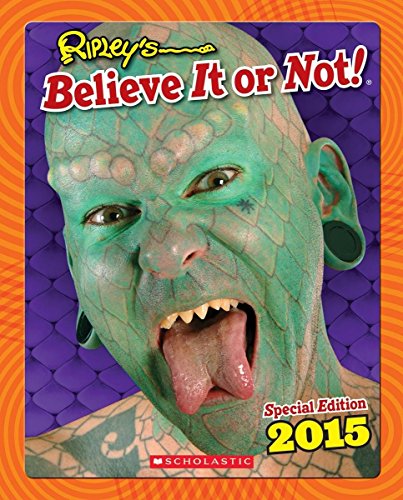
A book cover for Ripley's Special Edition 2015 (Ripley's Believe It Or Not Special Edition); Ripley's Entertainment Inc.; Children's Books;